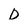
Character: D